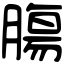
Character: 膓